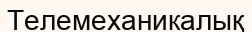
Телемеханикалық